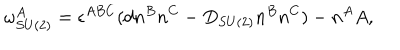
LaTeX: \omega _ { S U ( 2 ) } ^ { A } = \epsilon ^ { A B C } ( d n ^ { B } n ^ { C } - D _ { S U ( 2 ) } n ^ { B } n ^ { C } ) - n ^ { A } A ,